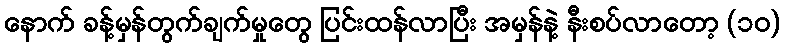
နောက် ခန့်မှန်တွက်ချက်မှုတွေ ပြင်းထန်လာပြီး အမှန်နဲ့ နီးစပ်လာတော့ (၁၀)